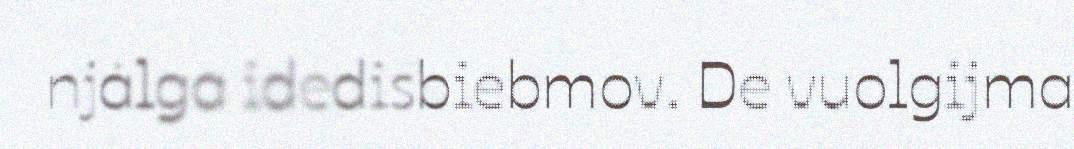
njálga idedisbiebmov. De vuolgijma